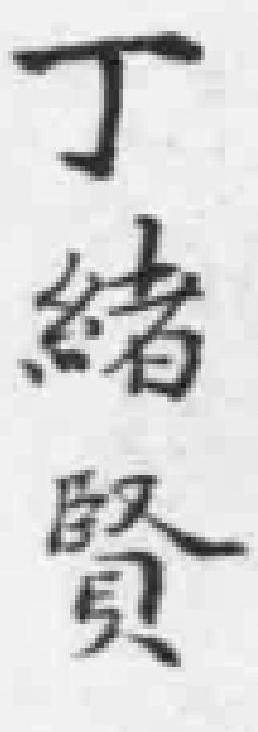
丁緒賢